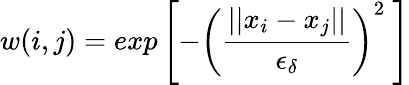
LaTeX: w(i,j)=exp\left[-\left(\frac{||x_{i}-x_{j}||}{\epsilon_{\delta}}\right)^{2}\ \right]